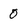
Character: 0